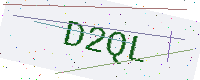
Text: D2QL